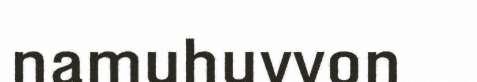
namuhuvvon